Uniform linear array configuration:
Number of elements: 64
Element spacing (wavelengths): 1
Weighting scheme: blackman
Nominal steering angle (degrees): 0
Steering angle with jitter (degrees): -1.339
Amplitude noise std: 0.05
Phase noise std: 0.05

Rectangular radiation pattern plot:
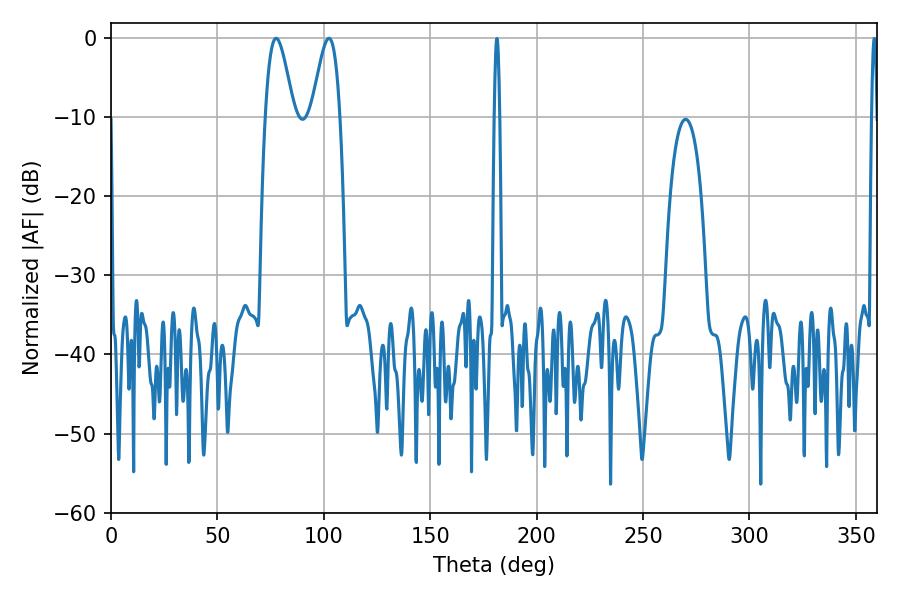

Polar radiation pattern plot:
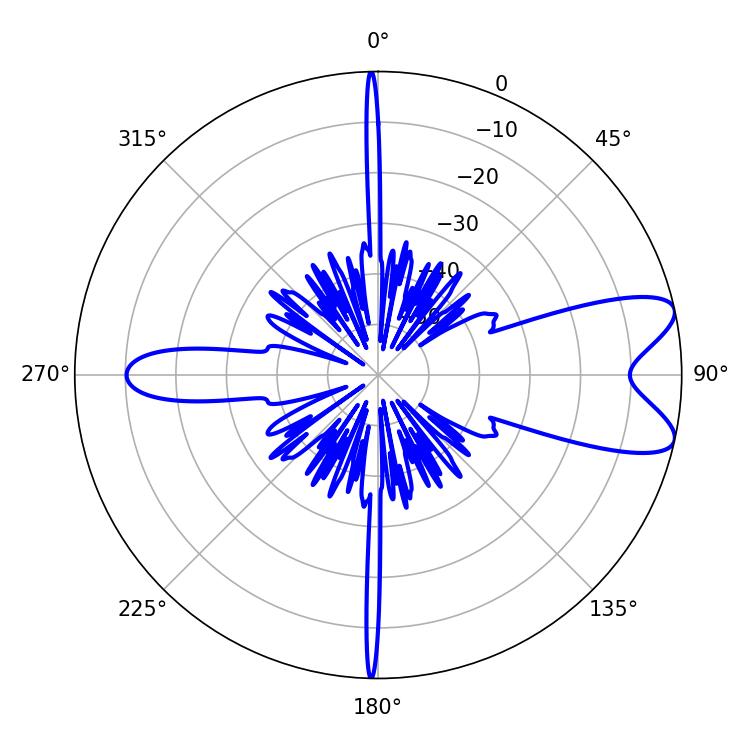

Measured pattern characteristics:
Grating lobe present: TRUE
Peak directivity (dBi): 8.805
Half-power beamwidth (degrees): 7.2
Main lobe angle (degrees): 77.58